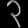
Digit: ၃